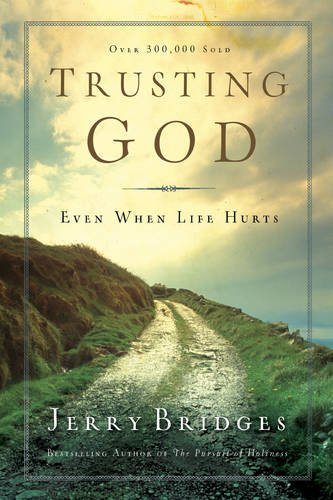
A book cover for Trusting God: Even When Life Hurts; Jerry Bridges; Christian Books & Bibles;